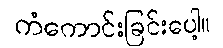
ကံကောင်းခြင်းပေါ့။